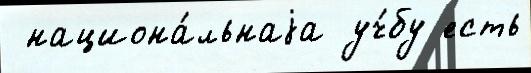
 национа́льнаjа уч́бу есть